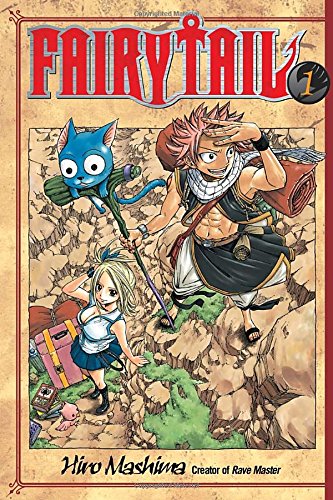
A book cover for Fairy Tail 1; Hiro Mashima; Comics & Graphic Novels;